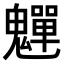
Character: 𫙎